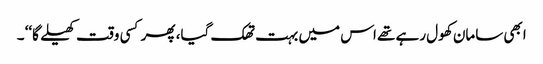
ابھی سامان کھول رہے تھے اس میں بہت تھک گیا، پھر کسی وقت کھیلے گا‘‘ ۔